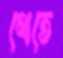
থেতে